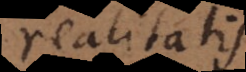
realitatis